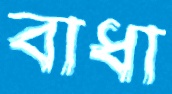
বাধা